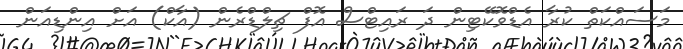
މަސައްކަތް ކުރާ އެޑްވޮކޭޓިން ދަ ރައިޓްސް އޮފް ޗިލްޑްރެން (އާކް) އަށް އިންޑިއަން